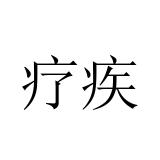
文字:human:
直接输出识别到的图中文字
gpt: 疗疾